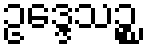
ဥဒ္ဒေသဉ္စ